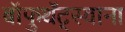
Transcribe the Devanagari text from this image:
बॉफुथॅट्स्वाना